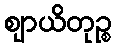
ဈာယိတုဉ္စ